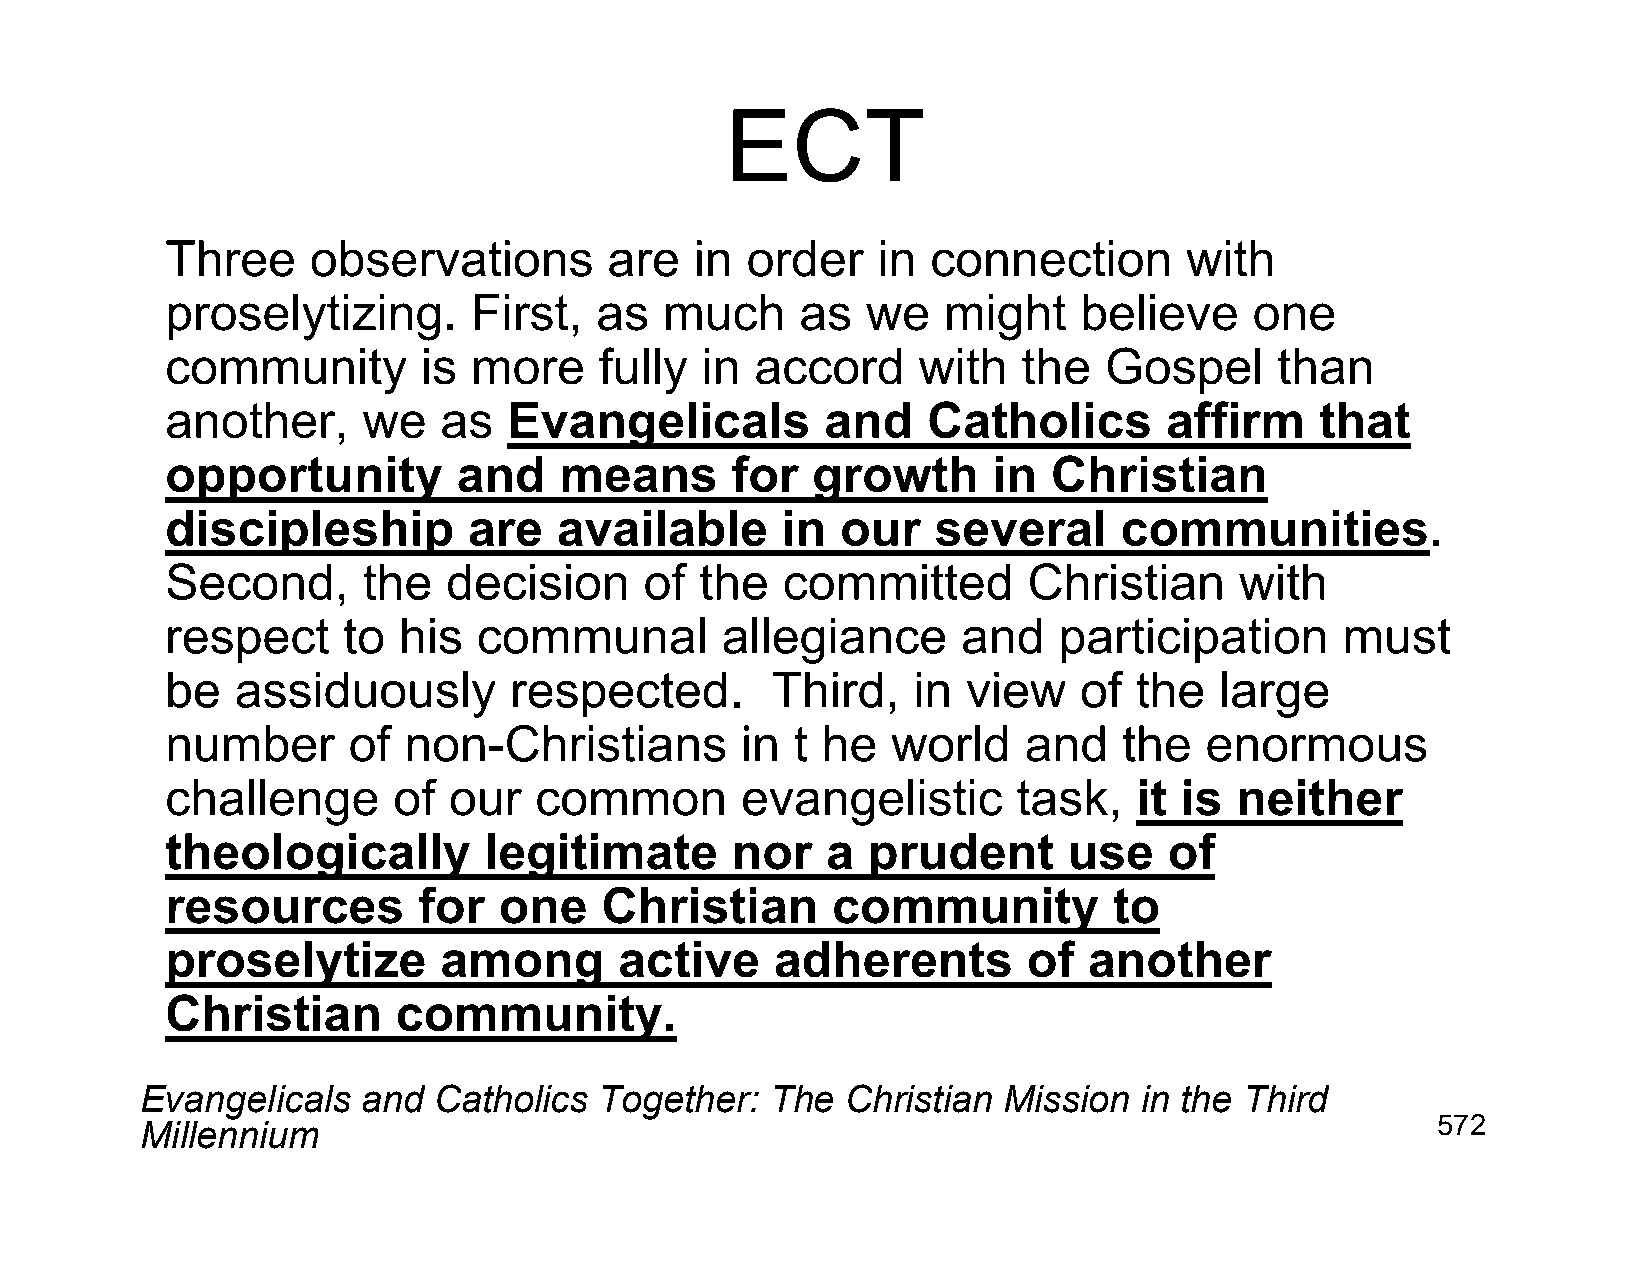
ECT
 Three     observations       are   in order    in  connection      with
 proselytizing.      First,  as   much     as  we   might    believe     one
 community        is more     fully in  accord     with   the  Gospel      than
 another,     we   as   Evangelicals         and   Catholics       affirm    that
 opportunity        and    means      for   growth      in  Christian
 discipleship        are   available      in  our   several     communities.
 Second,      the   decision     of the   committed       Christian     with
 respect     to his   communal        allegiance      and   participation      must
 be   assiduously       respected.       Third,   in  view   of  the   large
 number      of  non-Christians        in  t he  world    and   the   enormous
 challenge      of  our  common        evangelistic      task,   it is  neither
 theologically        legitimate      nor    a prudent       use   of
 resources        for  one    Christian      community          to
 proselytize       among       active    adherents        of  another
 Christian      community.
 Evangelicals   and  Catholics  Together:  The  Christian Mission  in the Third
 Millennium                                                                            572